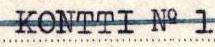
KONTTI No 1